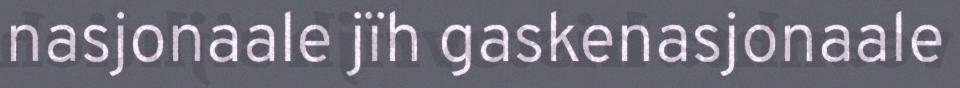
nasjonaale jïh gaskenasjonaale